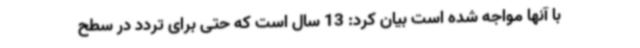
با آنها مواجه شده است بیان کرد: 13 سال است که حتی برای تردد در سطح